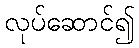
လုပ်ဆောင်၍